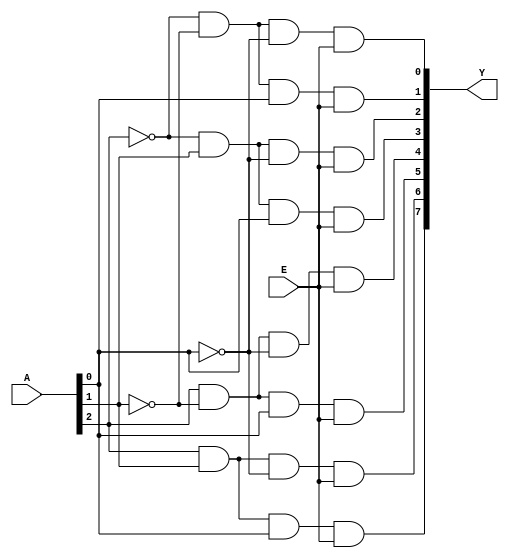
//Verilog code for 3 to 8 Decoder
module Decoder3to8(A,E,Y);

input [2:0]A;
input E;
output [7:0]Y;

wire [2:0]w;
not N0(w[0],A[0]);
not N1(w[1],A[1]);
not N2(w[2],A[2]);


and A0(Y[0],w[2],w[1],w[0],E);
and A1(Y[1],w[2],w[1],A[0],E);
and A2(Y[2],w[2],A[1],w[0],E);
and A3(Y[3],w[2],A[1],A[0],E);
and A4(Y[4],A[2],w[1],w[0],E);
and A5(Y[5],A[2],w[1],A[0],E);
and A6(Y[6],A[2],A[1],w[0],E);
and A7(Y[7],A[2],A[1],A[0],E);

endmodule